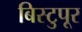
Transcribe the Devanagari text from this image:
बिस्टुपूर